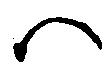
ハ